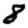
Digit: 8